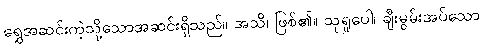
ရွှေအဆင်းကဲ့သို့သောအဆင်းရှိသည်။ အသိ၊ ဖြစ်၏။ သုရူပေါ၊ ချီးမွမ်းအပ်သော